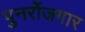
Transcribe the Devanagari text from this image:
पुनर्रोजगार